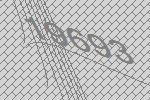
19693